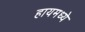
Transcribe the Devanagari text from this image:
हायमध्ये